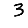
Digit: 3